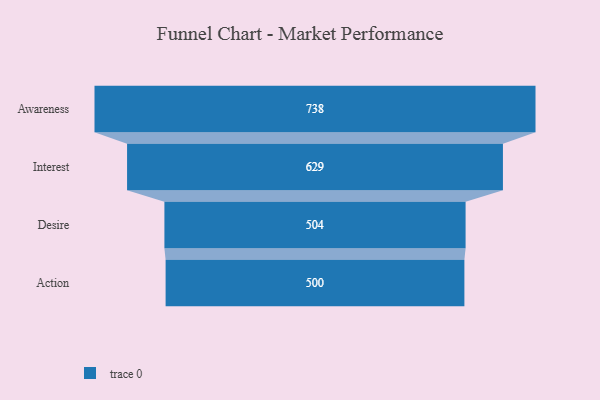
{"axis": {"x": "Stage", "y": "Value"}, "legend": [""], "data": [{"x": "Awareness", "y": 738.0, "type": ""}, {"x": "Interest", "y": 629.0, "type": ""}, {"x": "Desire", "y": 504.0, "type": ""}, {"x": "Action", "y": 500, "type": ""}]}